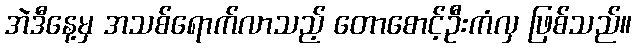
အဲဒီနေ့မှ အသစ်ရောက်လာသည့် တောစောင့်ဦးကံလှ ဖြစ်သည်။